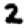
Digit: 2